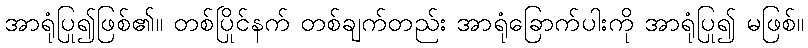
အာရုံပြု၍ဖြစ်၏။ တစ်ပြိုင်နက် တစ်ချက်တည်း အာရုံခြောက်ပါးကို အာရုံပြု၍ မဖြစ်။